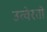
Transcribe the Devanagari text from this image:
उत्वेरतो